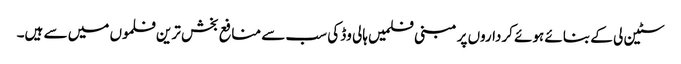
سٹین لی کے بنائے ہوئے کرداروں پر مبنی فلمیں ہالی وڈ کی سب سے منافع بخش ترین فلموں میں سے ہیں۔